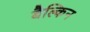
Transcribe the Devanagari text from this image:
बैल्किन